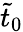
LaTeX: \tilde{t}_{0}